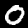
Label: 0